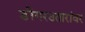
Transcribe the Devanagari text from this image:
डोंगरउतारांवर